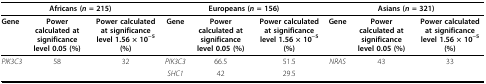
<table><thead><tr><td colspan="3"><b>Africans (<i>n</i> = 215)</b></td><td colspan="3"><b>Europeans (<i>n</i> = 156)</b></td><td colspan="3"><b>Asians (<i>n</i> = 321)</b></td></tr></thead><tbody><tr><td>Gene</td><td>Power calculated at significance level 0.05 (%)</td><td>Power calculated at significance level 1.56 × 10<sup>−5</sup> (%)</td><td>Gene</td><td>Power calculated at significance level 0.05 (%)</td><td>Power calculated at significance level 1.56 × 10<sup>−5</sup> (%)</td><td>Gene</td><td>Power calculated at significance level 0.05 (%)</td><td>Power calculated at significance level 1.56 × 10<sup>−5</sup> (%)</td></tr><tr><td><i>PIK3C3</i></td><td>58</td><td>32</td><td><i>PIK3C3</i></td><td>66.5</td><td>51.5</td><td><i>NRAS</i></td><td>43</td><td>33</td></tr><tr><td></td><td></td><td></td><td><i>SHC1</i></td><td>42</td><td>29.5</td><td></td><td></td><td></td></tr></tbody></table>